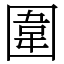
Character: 圍